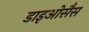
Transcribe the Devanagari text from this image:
डाइओसैस